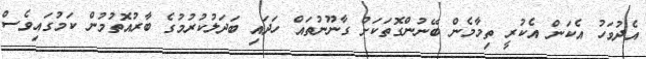
އެދުވަހު އެކަން އެކުރީ ތިމާމެން ބޭނުންގޮތަކަށް ގާނޫނުތައް ހަދައި ބަދަލުކުރުމުގެ ބާރުއޮތުމުން ކަމުގައިވެސް